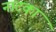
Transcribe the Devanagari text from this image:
नाटका